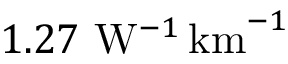
1 . 2 7 ~ \mathrm { W } ^ { - 1 } \, \mathrm { k m } ^ { - 1 }